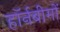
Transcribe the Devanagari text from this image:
हॉर्नबीमों